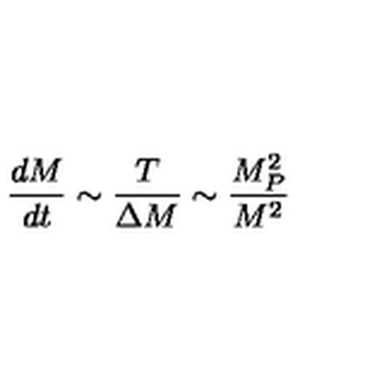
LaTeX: \frac { d M } { d t } \sim \frac { T } { \Delta M } \sim \frac { M _ { P } ^ { 2 } } { M ^ { 2 } }